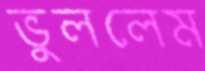
ভুললেম